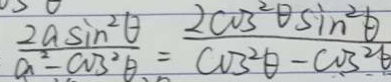
\frac { 2 a \sin ^ { 2 } \theta } { a ^ { 2 } - \cos ^ { 2 } \theta } = \frac { 2 \cos ^ { 2 } \theta \sin ^ { 2 } \theta } { \cos ^ { 2 } \theta - \cos ^ { 2 } \theta }